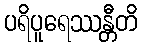
ပရိပူရေဿန္တီတိ